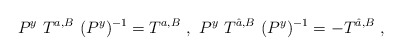
\begin{align*}P^{y}~T^{a, B}~(P^{y})^{-1}= T^{a, B} ~,~ P^{y}~T^{\hat a, B}~(P^{y})^{-1}= - T^{\hat a, B}~,~\,\end{align*}